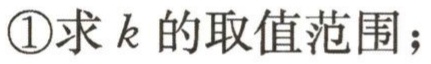
\textcircled{1}求\(k\)的取值范围；